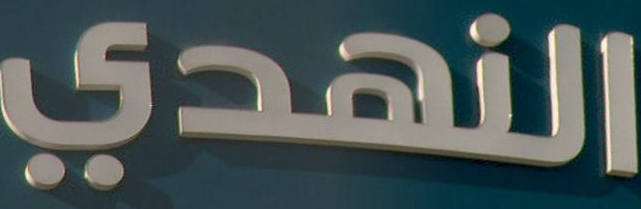
النهدي